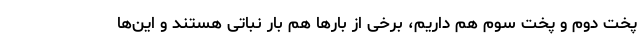
پخت دوم و پخت سوم هم داریم، برخی از بارها هم بار نباتی هستند و این‌ها